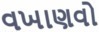
વખાણવો